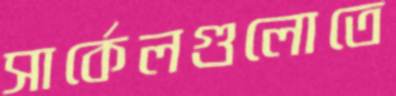
সার্কেলগুলোতে